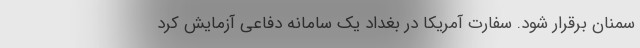
سمنان برقرار شود. سفارت آمریکا در بغداد یک سامانه دفاعی آزمایش کرد